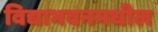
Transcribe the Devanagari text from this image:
विद्याभवनमधील